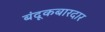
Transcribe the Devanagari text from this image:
बंदूकबारदार